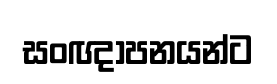
සංඥාපනයන්ට